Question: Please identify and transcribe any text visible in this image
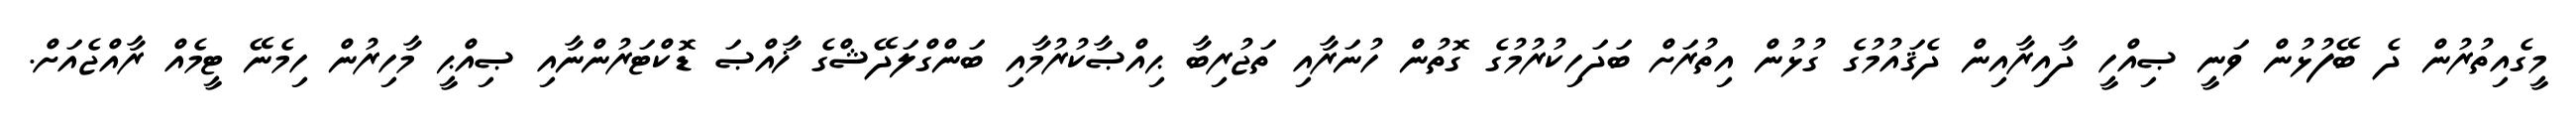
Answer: މީގެއިތުރުން ދެ ބޭފުޅުން ވަނީ ޞިއްހީ ދާއިރާއިން ދެޤައުމުގެ ގުޅުން އިތުރަށް ބަދަހިކުރުމުގެ ގޮތުން ހުނަރާއި ތަޖުރިބާ ޙިއްޞާކުރުމާއި ބަންގްލަދޭޝްގެ ޚާއްޞަ ޑޮކްޓަރުންނާއި ޞިއްޙީ މާހިރުން ހިމެނޭ ޓީމެއް ރާއްޖެއަށް.